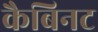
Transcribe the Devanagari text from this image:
कैबिनट